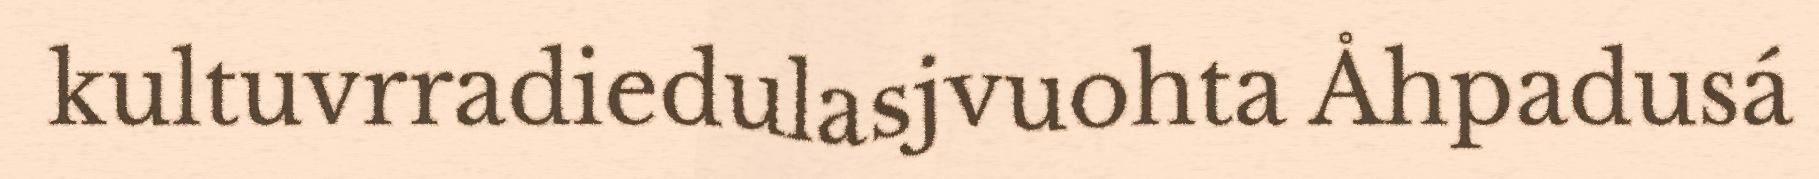
kultuvrradiedulasjvuohta Åhpadusá